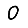
Digit: 0